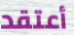
أعتقد